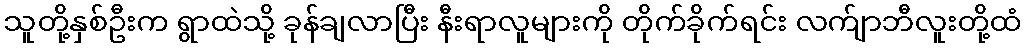
သူတို့နှစ်ဦးက ရွာထဲသို့ ခုန်ချလာပြီး နီးရာလူများကို တိုက်ခိုက်ရင်း လက်ျာဘီလူးတို့ထံ